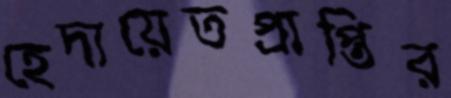
হেদায়েতপ্রাপ্তির